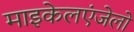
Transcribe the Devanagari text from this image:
माइकेलएंजेलो